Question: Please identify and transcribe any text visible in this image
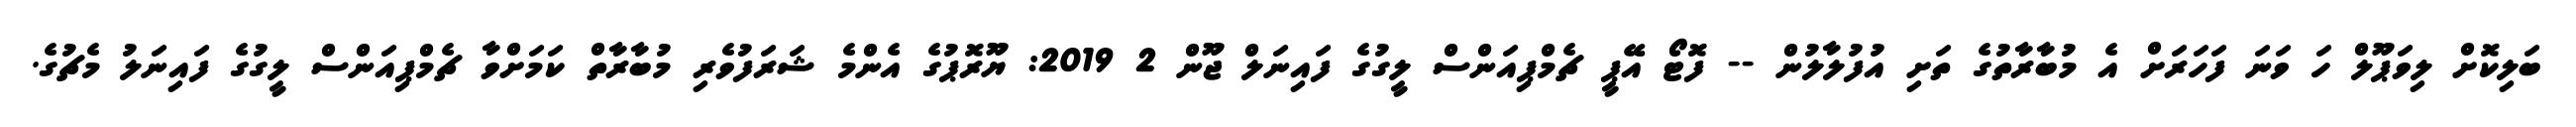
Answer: ބަލިކޮށް ލިވަޕޫލް ހަ ވަނަ ފަހަރަށް އެ މުބާރާތުގެ ތަށި އުފުލާލުން -- ފޮޓޯ އޭޕީ ޗެމްޕިއަންސް ލީގުގެ ފައިނަލް ޖޫން 2 2019: ޔޫރޮޕުގެ އެންމެ ޝަރަފުވެރި މުބާރާތް ކަމަށްވާ ޗެމްޕިއަންސް ލީގުގެ ފައިނަލު މެޗުގެ.